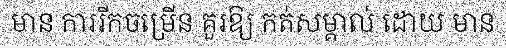
មាន ការរីកចម្រើន គួរឱ្យ កត់សម្គាល់ ដោយ មាន